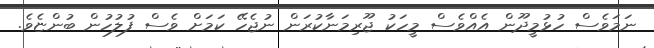
ނަމަވެސް ހުޅުމީދޫން އެއްވެސް މީހަކު ޖޫރިމަނާކުރަން ނުޖެހޭ ކަމަށް ވެސް ފުލުހުން ބުންޏެވެ.